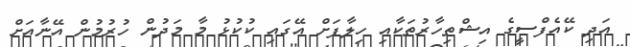
އަދި ކޭއެފްސީގެ އިޝްތިހާރުތަކާއި ހިލާފަށް އޭގައި ކުކުޅު މާ މަދުން ހުރުމުން އޭނާއަށް